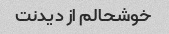
خوشحالم از دیدنت